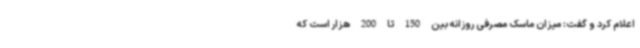
اعلام کرد و گفت: میزان ماسک مصرفی روزانه بین 150 تا 200 هزار است که